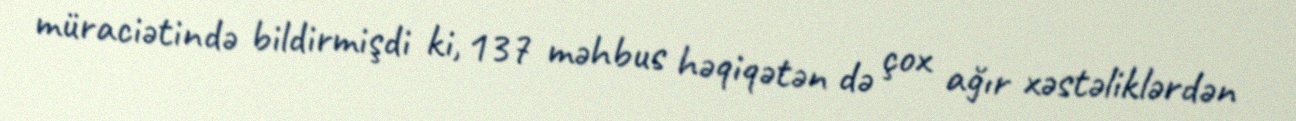
müraciətində bildirmişdi ki, 137 məhbus həqiqətən də çox ağır xəstəliklərdən